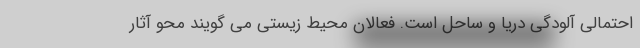
احتمالی آلودگی دریا و ساحل است. فعالان محیط زیستی می گویند محو آثار